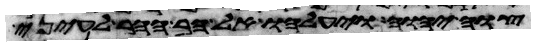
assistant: צוה יהוה ויעלהו אל הר ההר לעיני